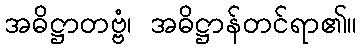
အဓိဋ္ဌာတဗ္ဗံ၊ အဓိဋ္ဌာန်တင်ရာ၏။